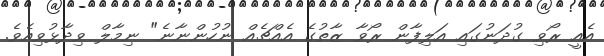
އެއީ ރޯވި ގުދަނުގައި އަލިފާން ރޯވާ ޒާތުގެ އެއްޗެއް ނުހުންނާނެ" ނިމާލް ވިދާޅުވިއެވެ.